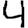
Digit: 4